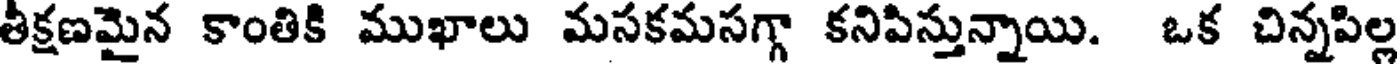
తీక్షణమైన కాంతికి ముఖాలు మసకమసగ్గా కనిపిస్తున్నాయి. ఒక చిన్నపిల్ల